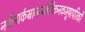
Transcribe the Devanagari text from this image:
नवीनार्कभ्राजन्मणिकनकभूषापरिकरै